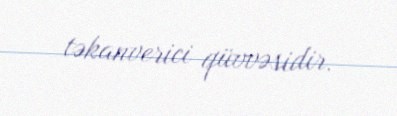
təkanverici qüvvəsidir.